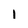
Character: 1